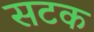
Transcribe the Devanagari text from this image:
सटक